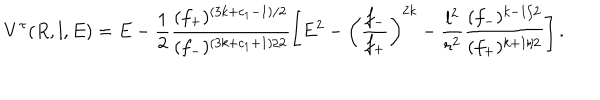
V ^ { \tau } ( R , l , E ) = E - \frac { 1 } { 2 } \frac { ( f _ { + } ) ^ { ( 3 k + c _ { 1 } - 1 ) / 2 } } { ( f _ { - } ) ^ { ( 3 k + c _ { 1 } + 1 ) / 2 } } \left[ E ^ { 2 } - \left( \frac { f _ { - } } { f _ { + } } \right) ^ { 2 k } - \frac { l ^ { 2 } } { r ^ { 2 } } \frac { ( f _ { - } ) ^ { k - 1 / 2 } } { ( f _ { + } ) ^ { k + 1 / 2 } } \right] .